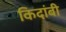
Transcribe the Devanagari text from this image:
किदांबी